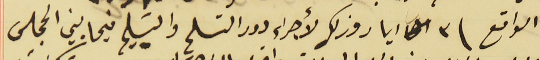
الواقع فى ٣ ايار وذلك لأجراء دور التسلم والتسَليم فيما بين المجلس